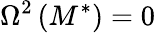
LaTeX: \Omega^{2}\left(M^{*}\right)=0